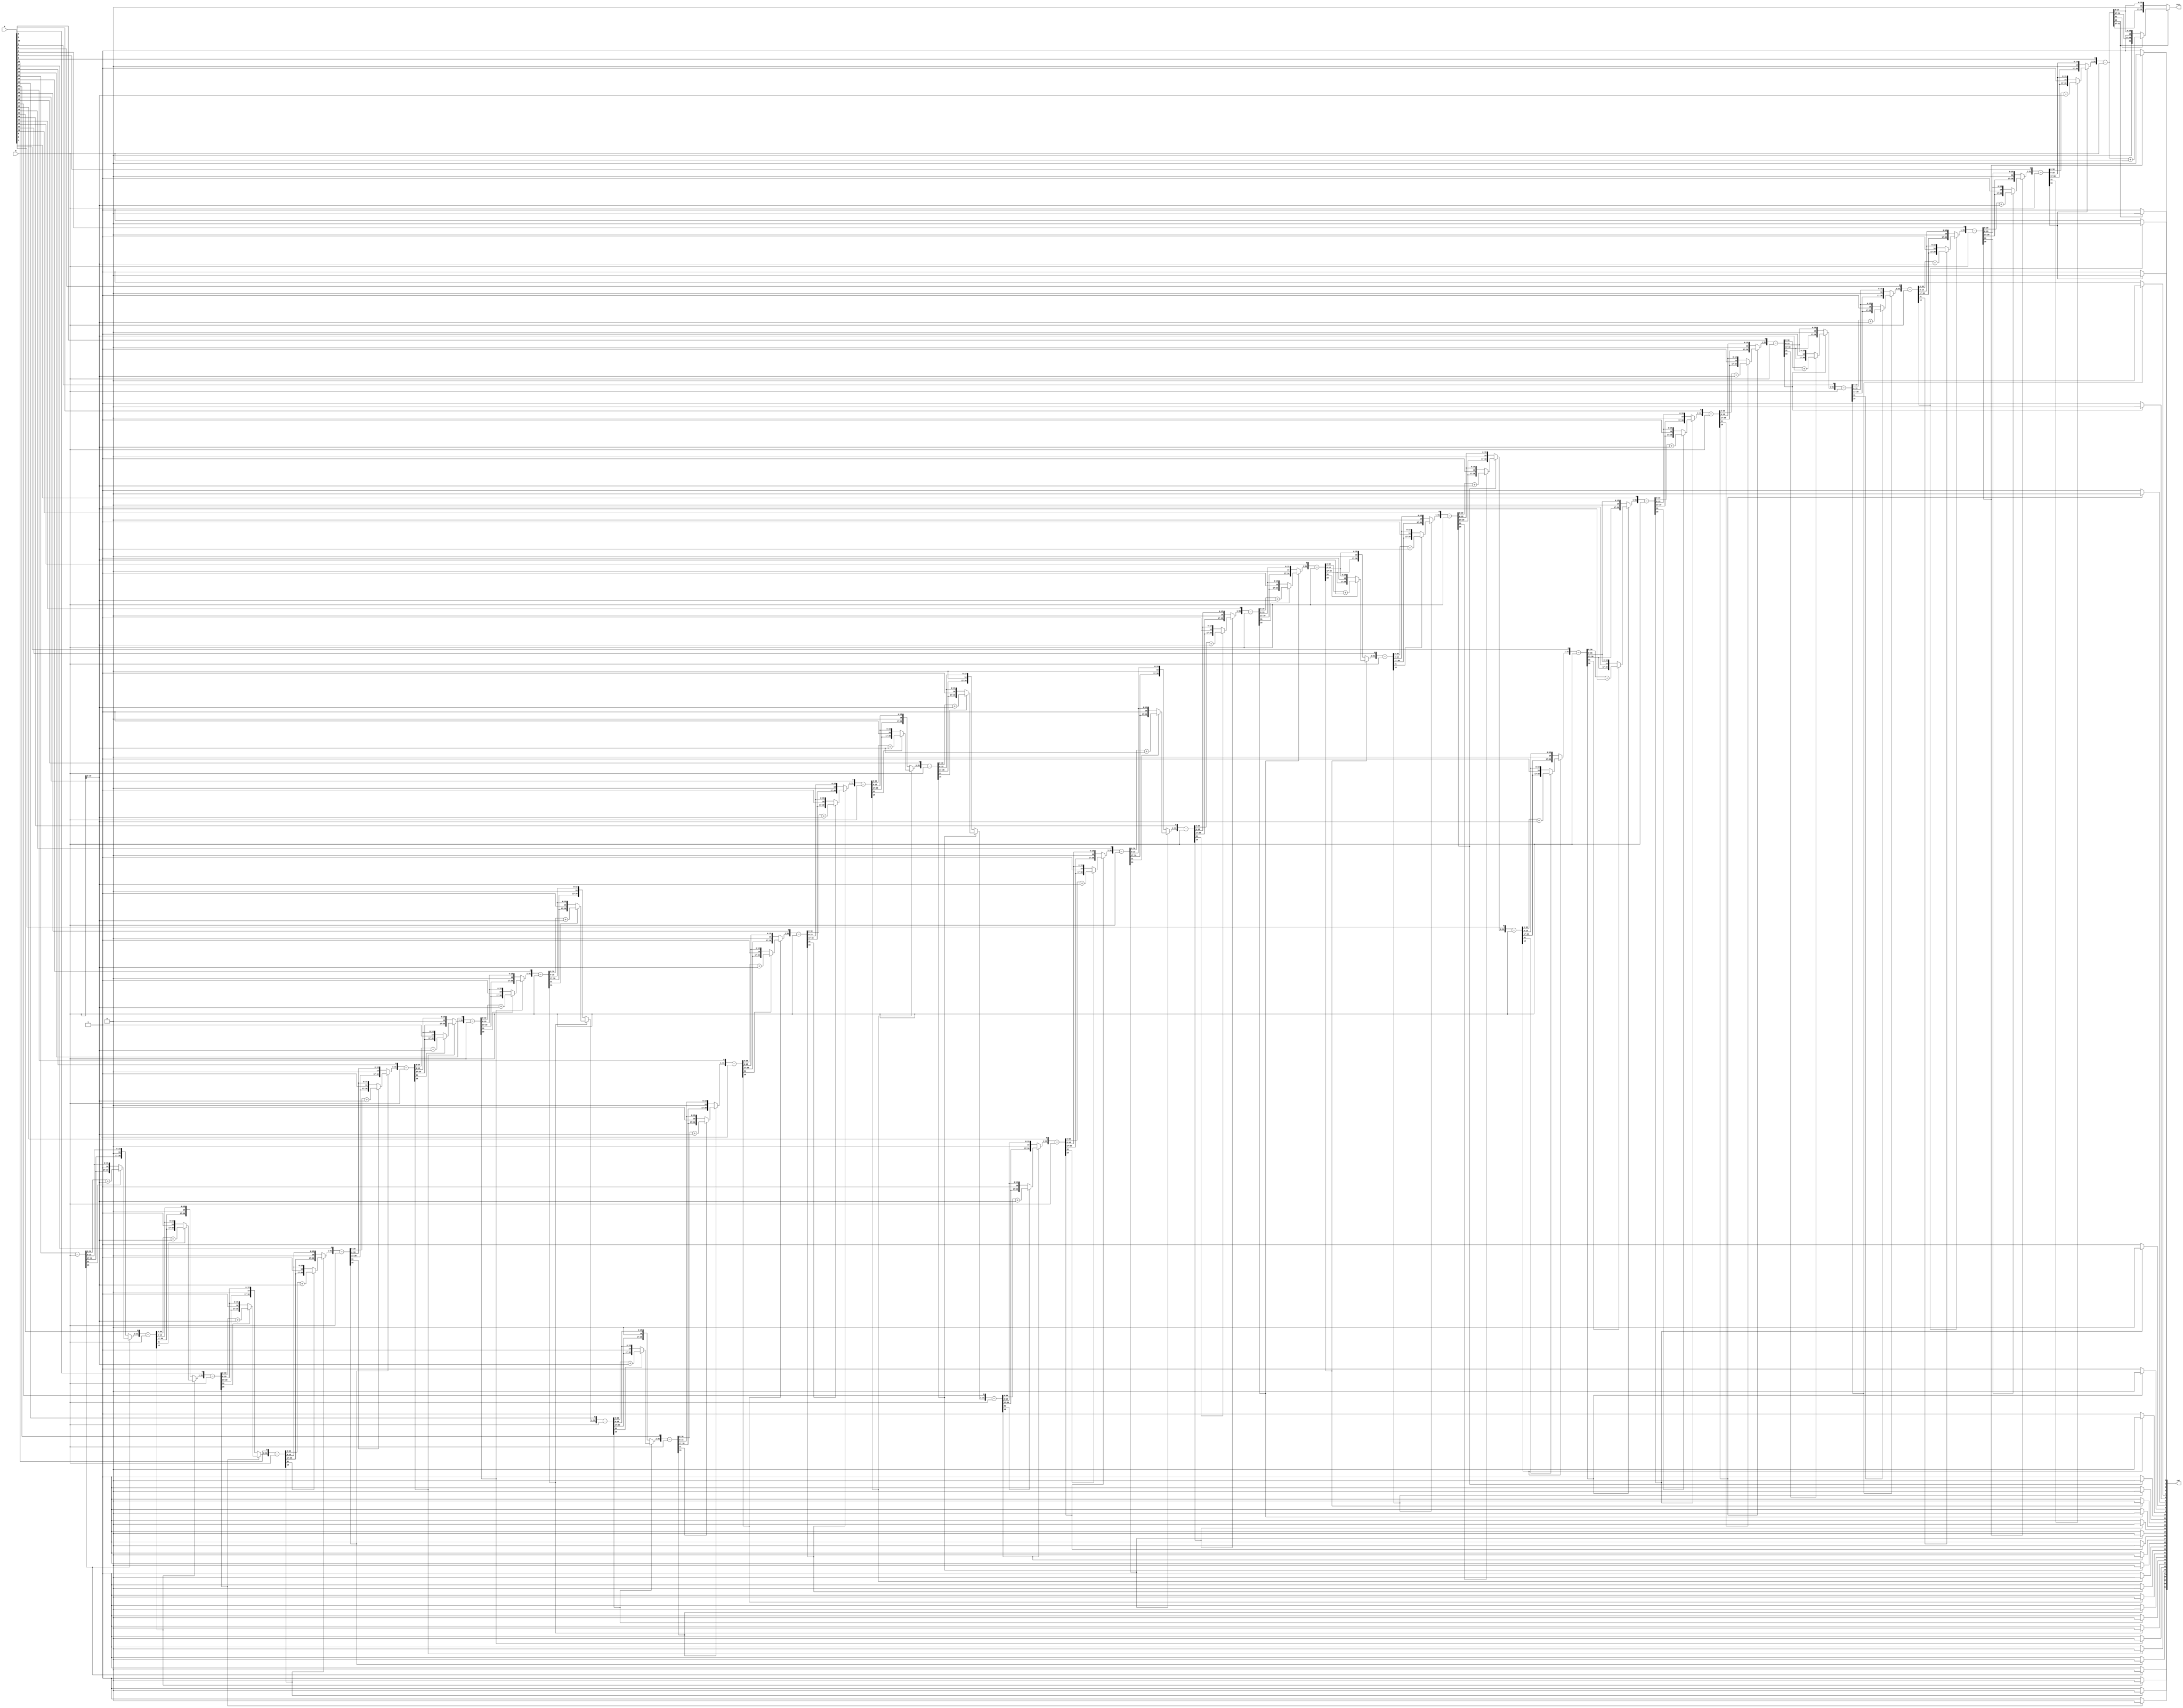
//Restoring Division

module impartitor(
    input [31:0] A,
    input [31:0] B,
    output reg [31:0] cat,
    output reg [31:0] rest
);

reg [31:0] AA;
reg [31:0] Q;
reg [31:0] M;

integer i;

always @(*) begin
    AA = 0;
    Q = A;
    M = B;
    for(i = 0; i < 32; i = i + 1) begin
        {AA[31:0], Q[31:1]} = {AA[30:0], Q[31:0]};
        Q[0] = 0;
        AA = AA - M;
        if(AA[16] == 0) begin
            Q[0] = 1;
        end
        else if(AA[31] == 1)begin
            AA = AA + M;
        end
    end

    cat = Q;
    rest = AA;
end

endmodule